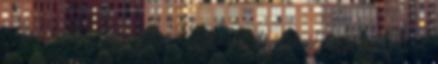
nyilvántartása szerint a kabaroktól loptak el még az Avar